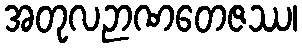
အတုလဉာဏတေဇဿ၊